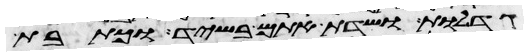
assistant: גדלות ושדת אתם בשיד וכתבת